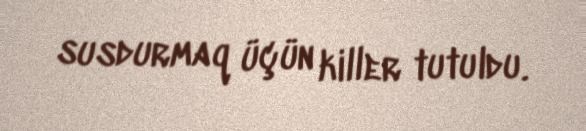
susdurmaq üçün killer tutuldu.